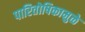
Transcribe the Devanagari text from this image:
पारितोषिकामुळे